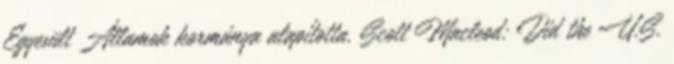
Egyesült Államok kormánya alapította. Scott Macleod: Did the U.S.